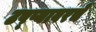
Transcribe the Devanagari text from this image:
टप्प्यावरचे